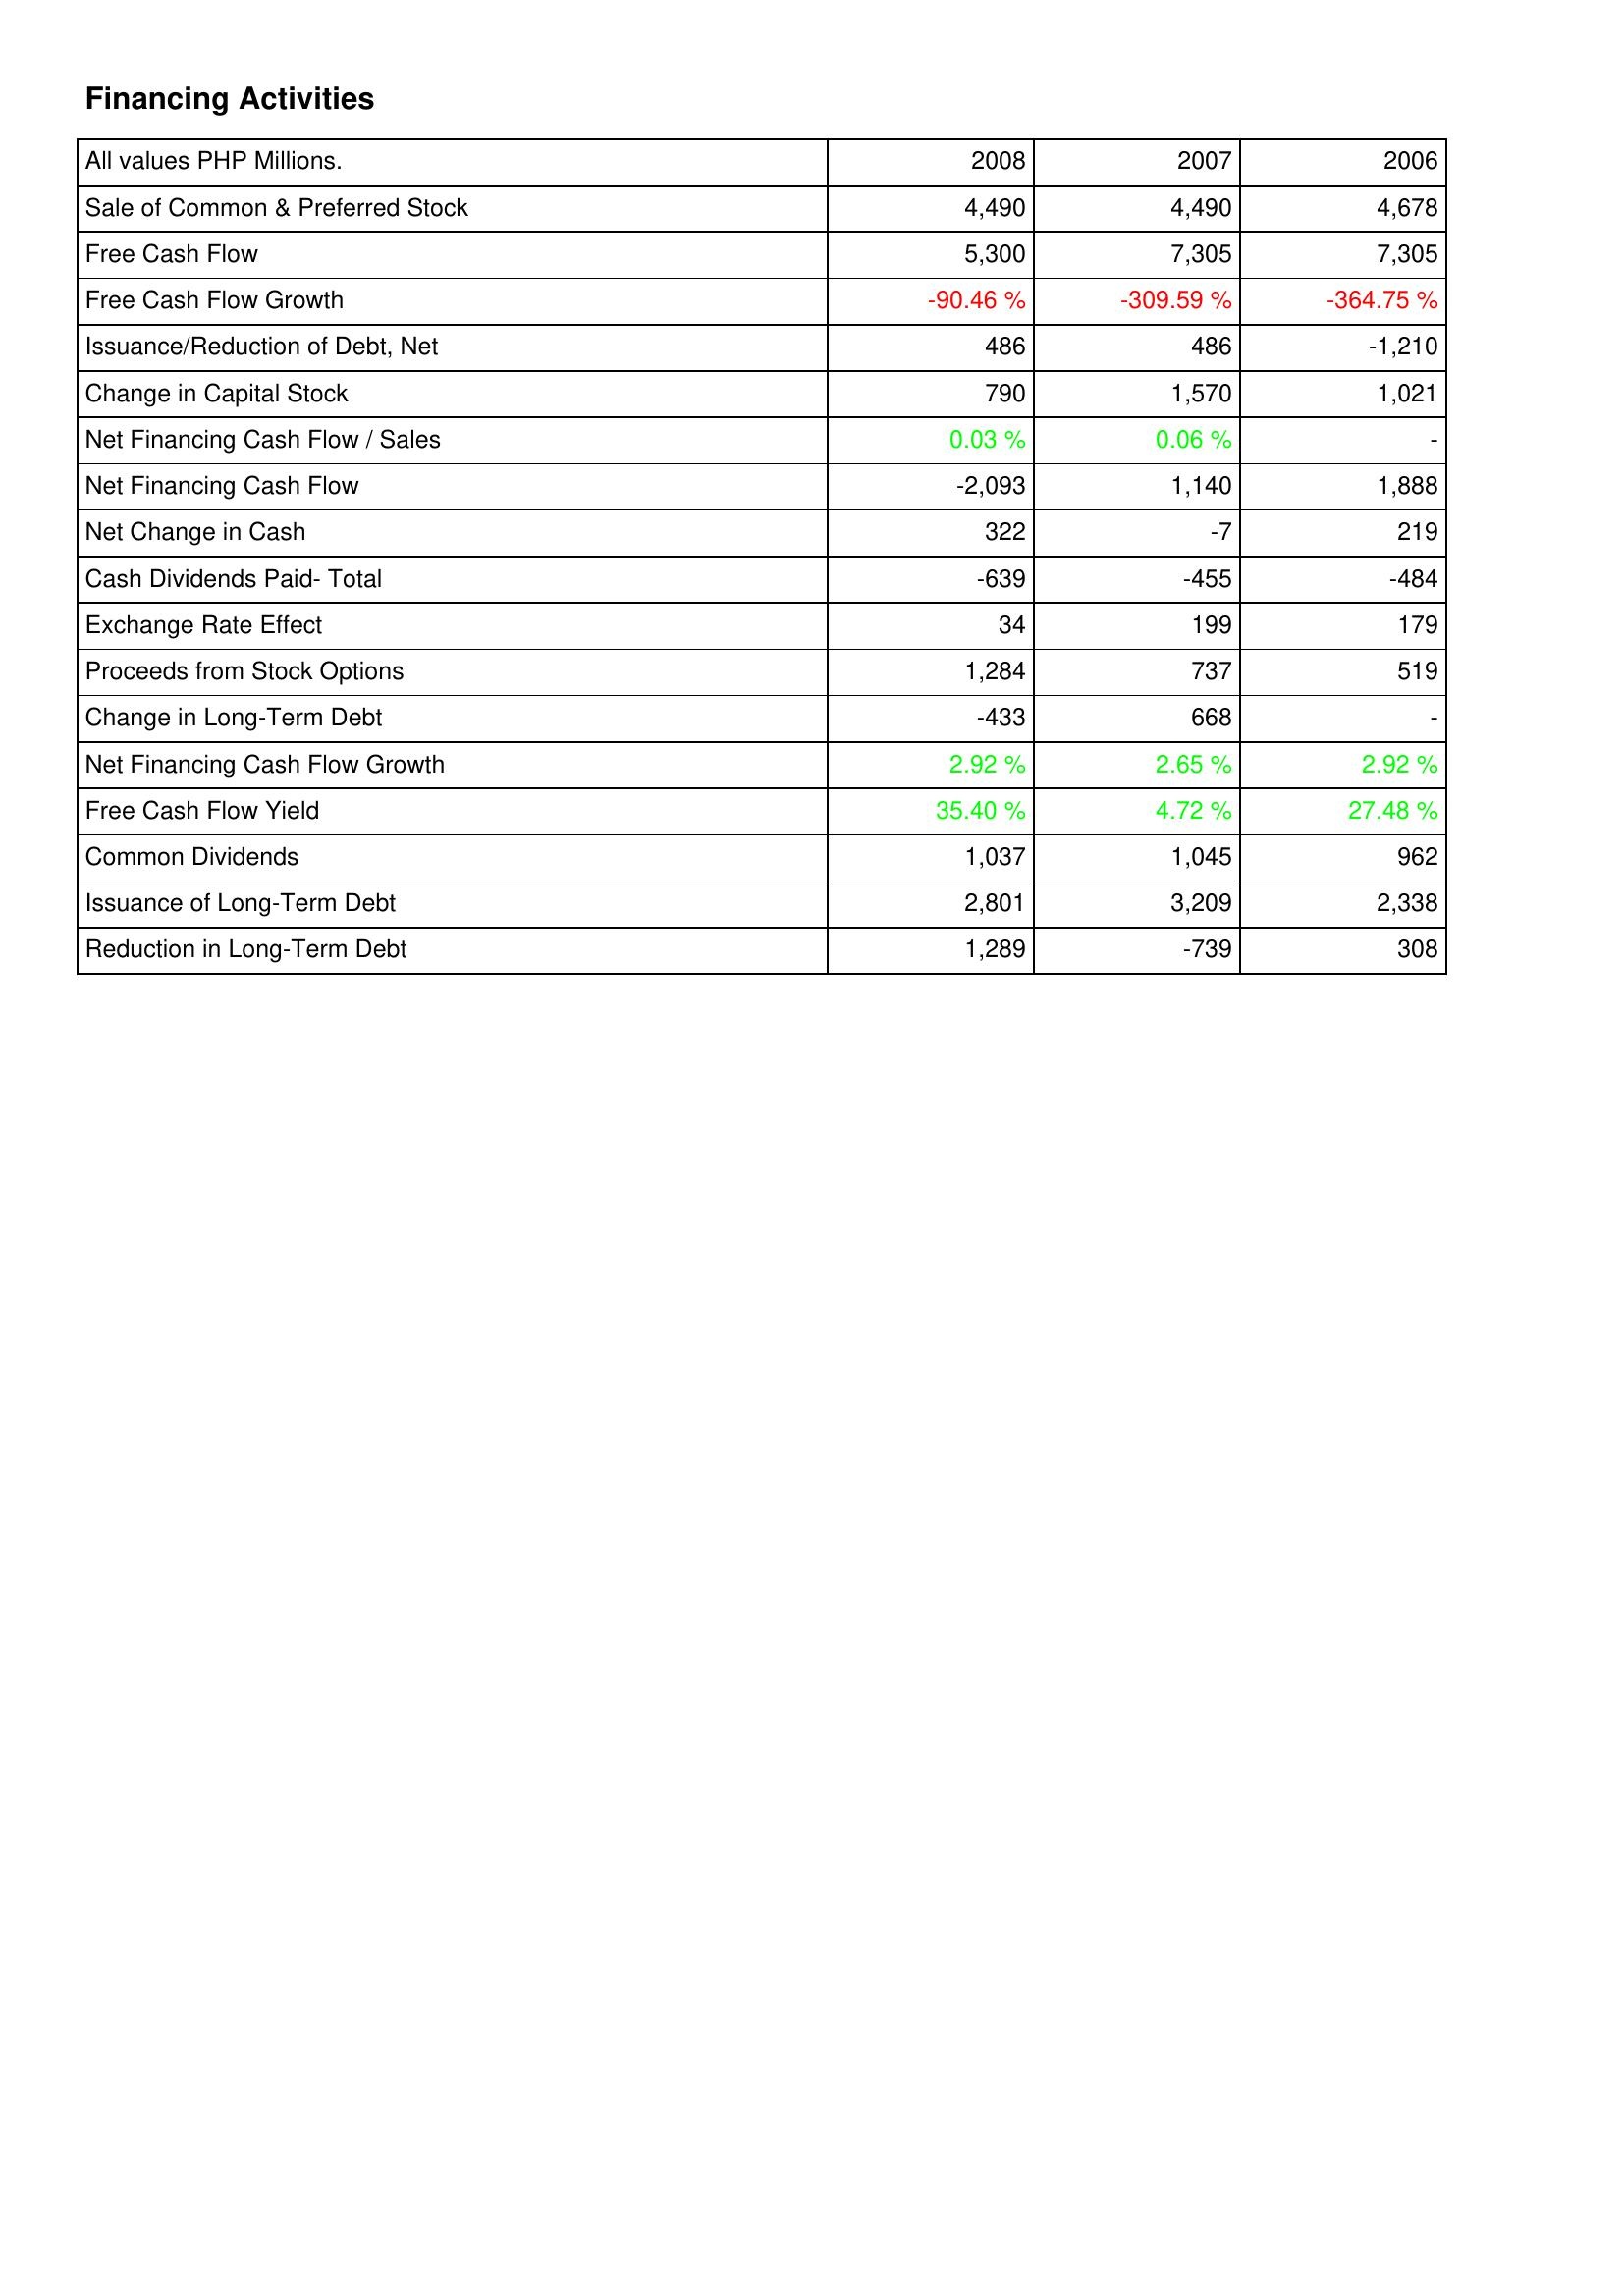
2008: Financing Activities: Sale of Common & Preferred Stock: 4,490
Free Cash Flow: 5,300
Free Cash Flow Growth: -90.46 %
Issuance/Reduction of Debt, Net: 486
Change in Capital Stock: 790
Net Financing Cash Flow / Sales: 0.03 %
Net Financing Cash Flow: -2,093
Net Change in Cash: 322
Cash Dividends Paid- Total: -639
Exchange Rate Effect: 34
Proceeds from Stock Options: 1,284
Change in Long-Term Debt: -433
Net Financing Cash Flow Growth: 2.92 %
Free Cash Flow Yield: 35.40 %
Common Dividends: 1,037
Issuance of Long-Term Debt: 2,801
Reduction in Long-Term Debt: 1,289
2007: Financing Activities: Sale of Common & Preferred Stock: 4,490
Free Cash Flow: 7,305
Free Cash Flow Growth: -309.59 %
Issuance/Reduction of Debt, Net: 486
Change in Capital Stock: 1,570
Net Financing Cash Flow / Sales: 0.06 %
Net Financing Cash Flow: 1,140
Net Change in Cash: -7
Cash Dividends Paid- Total: -455
Exchange Rate Effect: 199
Proceeds from Stock Options: 737
Change in Long-Term Debt: 668
Net Financing Cash Flow Growth: 2.65 %
Free Cash Flow Yield: 4.72 %
Common Dividends: 1,045
Issuance of Long-Term Debt: 3,209
Reduction in Long-Term Debt: -739
2006: Financing Activities: Sale of Common & Preferred Stock: 4,678
Free Cash Flow: 7,305
Free Cash Flow Growth: -364.75 %
Issuance/Reduction of Debt, Net: -1,210
Change in Capital Stock: 1,021
Net Financing Cash Flow / Sales: -
Net Financing Cash Flow: 1,888
Net Change in Cash: 219
Cash Dividends Paid- Total: -484
Exchange Rate Effect: 179
Proceeds from Stock Options: 519
Change in Long-Term Debt: -
Net Financing Cash Flow Growth: 2.92 %
Free Cash Flow Yield: 27.48 %
Common Dividends: 962
Issuance of Long-Term Debt: 2,338
Reduction in Long-Term Debt: 308